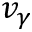
v _ { \gamma }